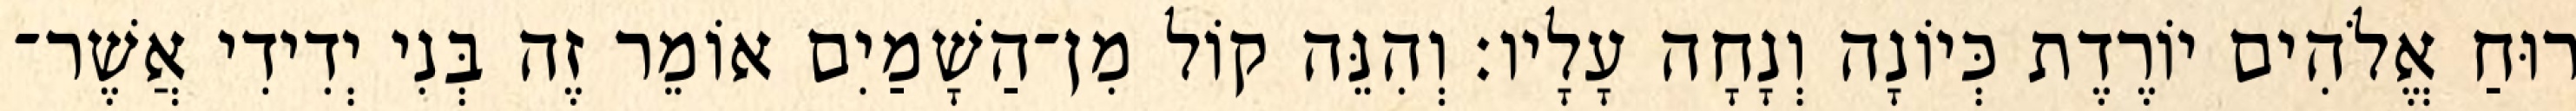
רוּחַ אֱלֹהִים יוֹרֶדֶת כְּיוֹנָה וְנָחָה עָלָיו׃ וְהִנֵּה קוֹל מִן־הַשָׁמַיִם אוֹמֵר זֶה בְּנִי יְדִידִי אֲשֶׁר־